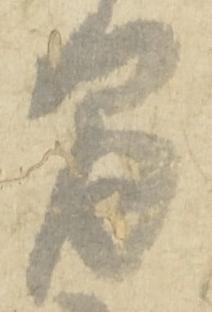
間